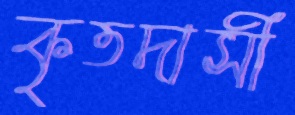
কৃতদাসী